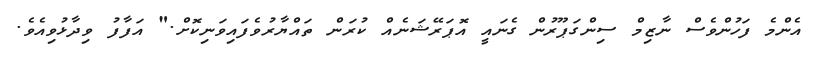
އެންމެ ފަހުންވެސް ނާޒިމް ސިންގަޕޫރުން ގެނައީ އޮޕަރޭޝަނެއް ކުރަން ތައްޔާރުވެފައިވަނިކޮށް." އަފާފު ވިދާޅުވިއެވެ.